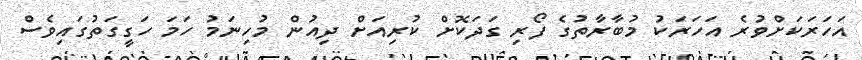
އަހަރަކަށްވުރެ އަހަރަކު މުބާރާތުގެ ފޯރި ގަދަކޮށް ކުރިއަށް ދިއުން މުހިނަމު ހަމަ ހަގީގަތުގައިވެސް